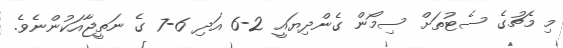
މި މެޗުގެ ސެޓުތަށް ސިމޯން ގެންދިޔައީ 2-6 އަދި 6-7 ގެ ނަތީޖާއަކުންނެވެ.